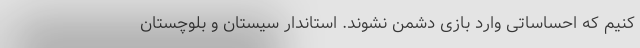
کنیم که احساساتی وارد بازی دشمن نشوند. استاندار سیستان و بلوچستان